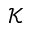
\mathcal { K }